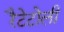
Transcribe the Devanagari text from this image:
रैटेटोली